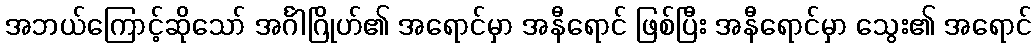
အဘယ်ကြောင့်ဆိုသော် အင်္ဂါဂြိုဟ်၏ အရောင်မှာ အနီရောင် ဖြစ်ပြီး အနီရောင်မှာ သွေး၏ အရောင်